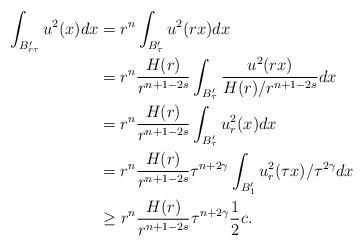
LaTeX: \begin{align*}\int_{B_{r\tau }'}u^2(x)dx&=r^n\int_{B_{\tau}'}u^2(rx)dx\\&=r^n\frac{H(r)}{r^{n+1-2s}}\int_{B'_\tau}\frac{u^2(rx)}{H(r)/r^{n+1-2s}}dx\\&=r^n\frac{H(r)}{r^{n+1-2s}}\int_{B'_\tau}u^2_r(x)dx\\&=r^n\frac{H(r)}{r^{n+1-2s}}\tau^{n+2\gamma}\int_{B_1'}u^2_r(\tau x)/\tau^{2\gamma}dx\\&\ge r^n\frac{H(r)}{r^{n+1-2s}}\tau^{n+2\gamma}\frac{1}{2}c.\end{align*}